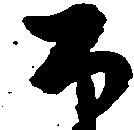
公